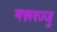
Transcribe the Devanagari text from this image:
मरूरज्जु